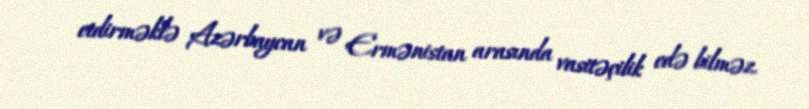
etdirməklə Azərbaycan və Ermənistan arasında vasitəçilik edə bilməz.